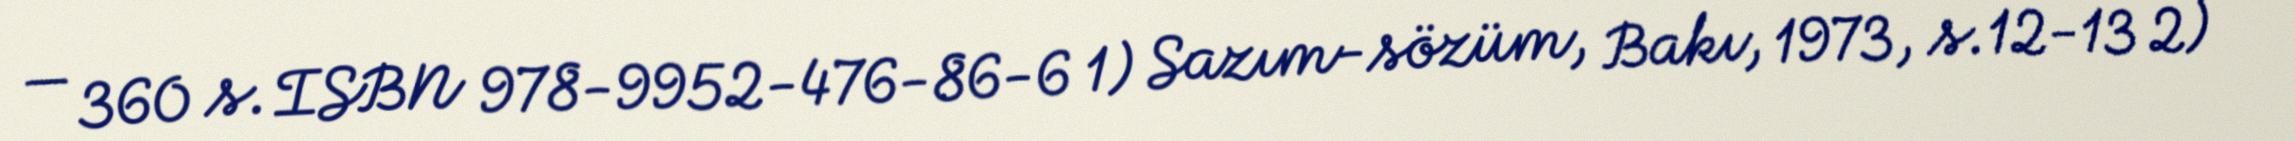
— 360 s. ISBN 978-9952-476-86-6 1) Sazım-sözüm, Bakı, 1973, s.12-13 2)